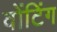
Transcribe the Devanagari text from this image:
वोंटिंग